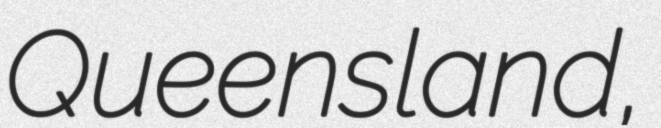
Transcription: Queensland,